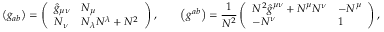
\left( g _ { a b } \right) = \left( \begin{array} { l l } { { \hat { g } _ { \mu \nu } } } & { { N _ { \mu } } } \\ { { N _ { \nu } } } & { { N _ { \lambda } N ^ { \lambda } + N ^ { 2 } } } \end{array} \right) , \qquad \left( g ^ { a b } \right) = \frac 1 { N ^ { 2 } } \left( \begin{array} { l l } { { N ^ { 2 } \hat { g } ^ { \mu \nu } + N ^ { \mu } N ^ { \nu } } } & { { - N ^ { \mu } } } \\ { { - N ^ { \nu } } } & { { 1 } } \end{array} \right) ,